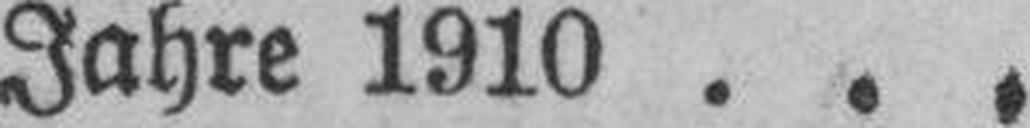
Jahre 1910 . . .